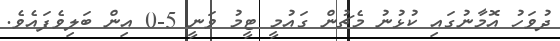
ދުވަހު އޮމާނުގައި ކުޅުނު މެޗުން ގައުމީ ޓީމު ވަނީ 5-0 އިން ބަލިވެފައެވެ.